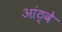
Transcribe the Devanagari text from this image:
आंठ्वे